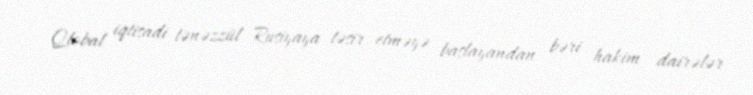
Qlobal iqtisadi tənəzzül Rusiyaya təsir etməyə başlayandan bəri hakim dairələr